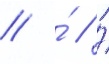
// ́ // ́